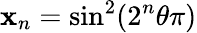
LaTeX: \mathbf{x}_{n}=\sin^{2}(2^{n}\theta\pi)